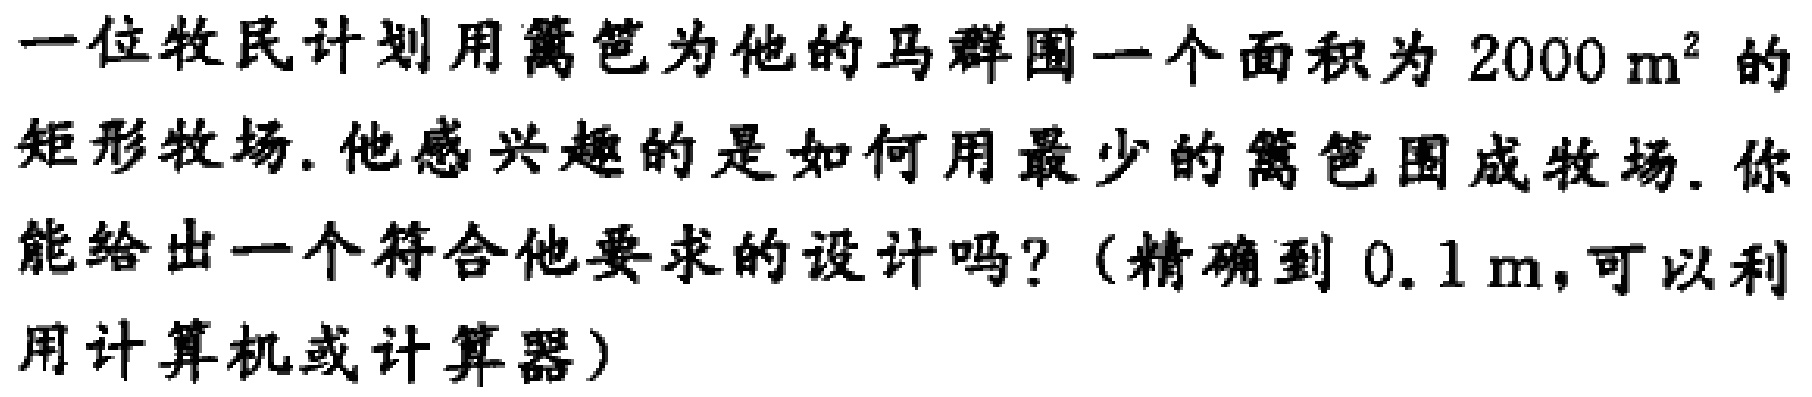
一位牧民计划用篱笆为他的马群围一个面积为 \(2000\mathrm{m}^{2}\) 的矩形牧场. 他感兴趣的是如何用最少的篱笆围成牧场. 你能给出一个符合他要求的设计吗?（精确到 \(0.1\mathrm{m}\),可以利用计算机或计算器）